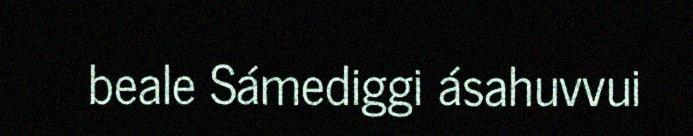
beale Sámediggi ásahuvvui